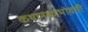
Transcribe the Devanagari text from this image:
कथानकाभोवती